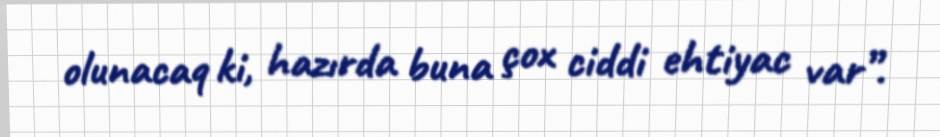
olunacaq ki, hazırda buna çox ciddi ehtiyac var”.